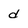
Character: d